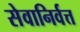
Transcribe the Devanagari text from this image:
सेवानिर्वत्त